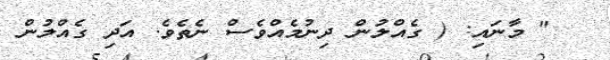
" މާނައި: ( ގެއްލުން ދިނުމެއްވެސް ނެތެވެ. އަދި ގެއްލުން